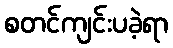
စတင်ကျင်းပခဲ့ရာ